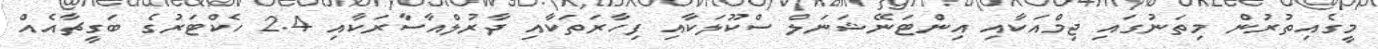
މީގެއިތުރުން މިތަނުގައި ޖިމްއަކާއި އިންޓަނޭޝަނަލް ސްކޫލަކާއި ފިހާރަތަކާއި ދާރުލްއާސާރަކާއި 2.4 ހެކްޓަރުގެ ބަގީޗާއެއް